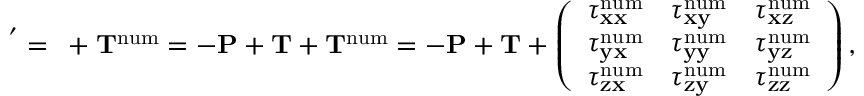
\bf \Pi ^ { ' } = \bf \Pi + \bf T ^ { \mathrm { n u m } } = - \bf P + \bf T + \bf T ^ { \mathrm { n u m } } = - \bf P + \bf T + \left( \begin{array} { l c r } { \tau _ { x x } ^ { \mathrm { n u m } } } & { \tau _ { x y } ^ { \mathrm { n u m } } } & { \tau _ { x z } ^ { \mathrm { n u m } } } \\ { \tau _ { y x } ^ { \mathrm { n u m } } } & { \tau _ { y y } ^ { \mathrm { n u m } } } & { \tau _ { y z } ^ { \mathrm { n u m } } } \\ { \tau _ { z x } ^ { \mathrm { n u m } } } & { \tau _ { z y } ^ { \mathrm { n u m } } } & { \tau _ { z z } ^ { \mathrm { n u m } } } \end{array} \right) ,